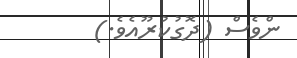
ންވެސް (ދޮގުކުރޫއެވެ.)